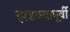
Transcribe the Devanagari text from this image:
झडण्यापूर्वी